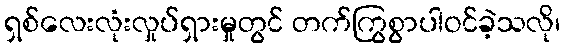
ရှစ်လေးလုံးလှုပ်ရှားမှုတွင် တက်ကြွစွာပါဝင်ခဲ့သလို၊